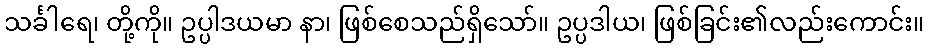
သင်္ခါရေ၊ တို့ကို။ ဥပ္ပါဒယမာ နာ၊ ဖြစ်စေသည်ရှိသော်။ ဥပ္ပဒါယ၊ ဖြစ်ခြင်း၏လည်းကောင်း။